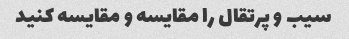
سیب و پرتقال را مقایسه و مقایسه کنید